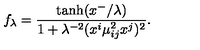
f _ { \lambda } = \frac { \tanh ( x ^ { - } / \lambda ) } { 1 + \lambda ^ { - 2 } ( x ^ { i } \mu _ { i j } ^ { 2 } x ^ { j } ) ^ { 2 } } .